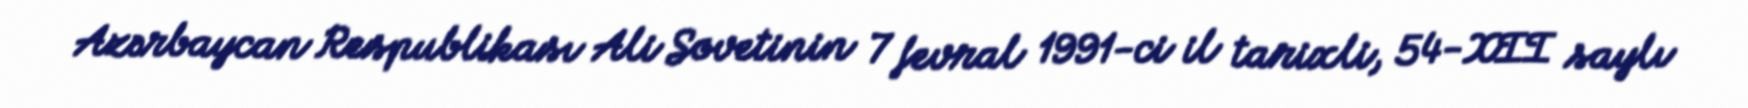
Azərbaycan Respublikası Ali Sovetinin 7 fevral 1991-ci il tarixli, 54-XII saylı